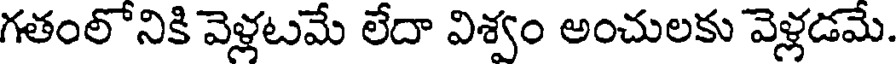
గతంలోనికి వెళ్లటమే లేదా విశ్వం అంచులకు వెళ్లడమే.